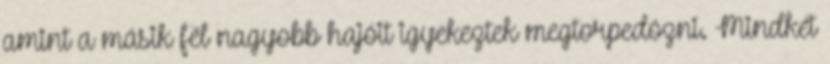
amint a másik fél nagyobb hajóit igyekeztek megtorpedózni. Mindkét